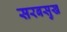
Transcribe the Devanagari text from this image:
सरबसुख